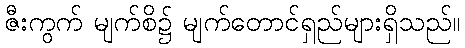
ဇီးကွက် မျက်စိ၌ မျက်တောင်ရှည်များရှိသည်။